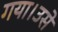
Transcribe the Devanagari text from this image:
गया।उसे